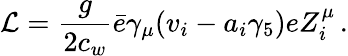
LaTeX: {\cal L}={\frac{g}{2c_{w}}}\bar{e}\gamma_{\mu}(v_{i}-a_{i}\gamma_{5})eZ_{i}^{\mu}\, .